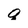
Character: q